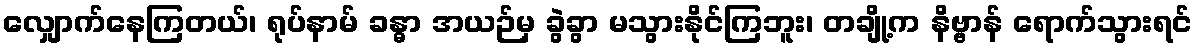
လျှောက်နေကြတယ်၊ ရုပ်နာမ် ခန္ဓာ အယဉ်မှ ခွဲခွာ မသွားနိုင်ကြဘူး၊ တချို့က နိဗ္ဗာန် ရောက်သွားရင်